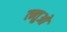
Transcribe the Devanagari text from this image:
त्न्तुओ